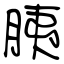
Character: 胰